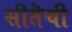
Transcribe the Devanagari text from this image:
सीतॆची